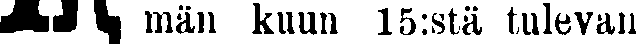
# män kuun 15:stä tulevan